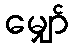
မျှော်